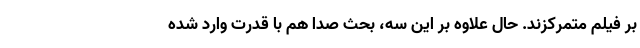
بر فیلم متمرکزند. حال علاوه بر این سه، بحث صدا هم با قدرت وارد شده